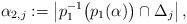
LaTeX: \begin{align*} \alpha_{2,j} := \left| p_1^{-1}\bigl( p_1(\alpha) \bigr) \cap \Delta_j \right| , \end{align*}